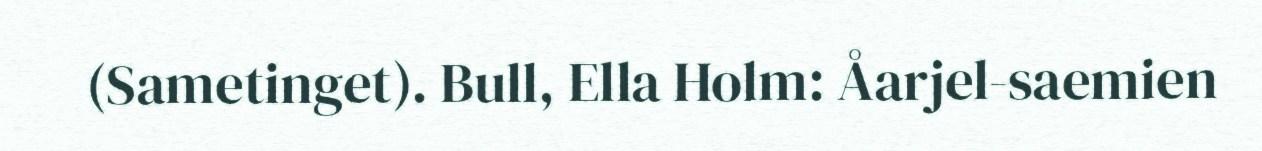
(Sametinget). Bull, Ella Holm: Åarjel-saemien